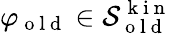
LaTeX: \varphi_{\mathrm{~o~l~d~}}\in\mathcal{S}_{\mathrm{~o~l~d~}}^{\mathrm{~k~i~n~}}